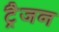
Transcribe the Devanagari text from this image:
ट्रैजन